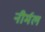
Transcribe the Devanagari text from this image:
नीर्मल